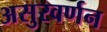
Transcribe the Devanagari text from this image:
असुरवर्णन